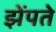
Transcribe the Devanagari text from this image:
झेंपते